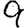
Digit: 9